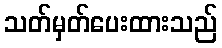
သတ်မှတ်ပေးထားသည်